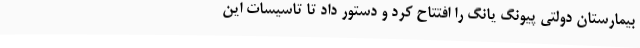
بیمارستان دولتی پیونگ یانگ را افتتاح کرد و دستور داد تا تاسیسات این